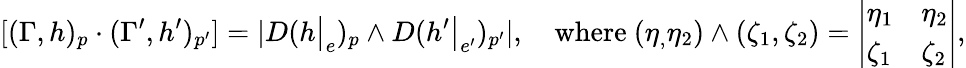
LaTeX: [(\Gamma,h)_{p}\cdot(\Gamma^{\prime},h^{\prime})_{p^{\prime}}]=|D(h\big|_{e})_{p}\wedge D(h^{\prime}\big|_{e^{\prime}})_{p^{\prime}}|,\quad\mathrm{where}\ (\eta_{,}\eta_{2})\wedge(\zeta_{1},\zeta_{2})=\left|\begin{array}{ll}{\eta_{1}}&{\eta_{2}}\\ {\zeta_{1}}&{\zeta_{2}}\end{array}\right|,